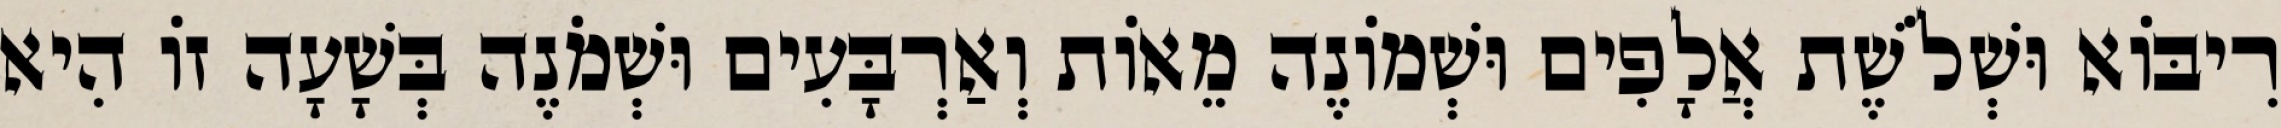
רִיבּוֹא וּשְׁלֹשֶׁת אֲלָפִים וּשְׁמוֹנֶה מֵאוֹת וְאַרְבָּעִים וּשְׁמֹנֶה בְּשָׁעָה זוֹ הִיא